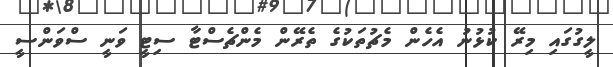
ލީގުގައި މިރޭ ކުޅުނު އެހެން މެޗުތަކުގެ ތެރޭން މެންޗެސްޓާ ސިޓީ ވަނީ ސްވަންސީ